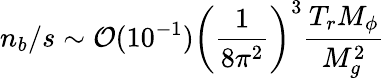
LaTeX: n_{b}/s\sim{\cal O}(10^{-1})\left(\frac{1}{8\pi^{2}}\right)^{3}\frac{T_{r}M_{\phi}}{M_{g}^{2}}